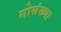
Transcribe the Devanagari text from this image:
गोसंख्या